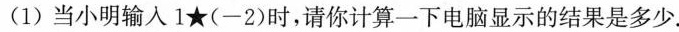
(1)当小明输入1★(-2)时，请你计算一下电脑显示的结果是多少.